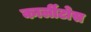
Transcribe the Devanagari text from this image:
कार्लीटोस